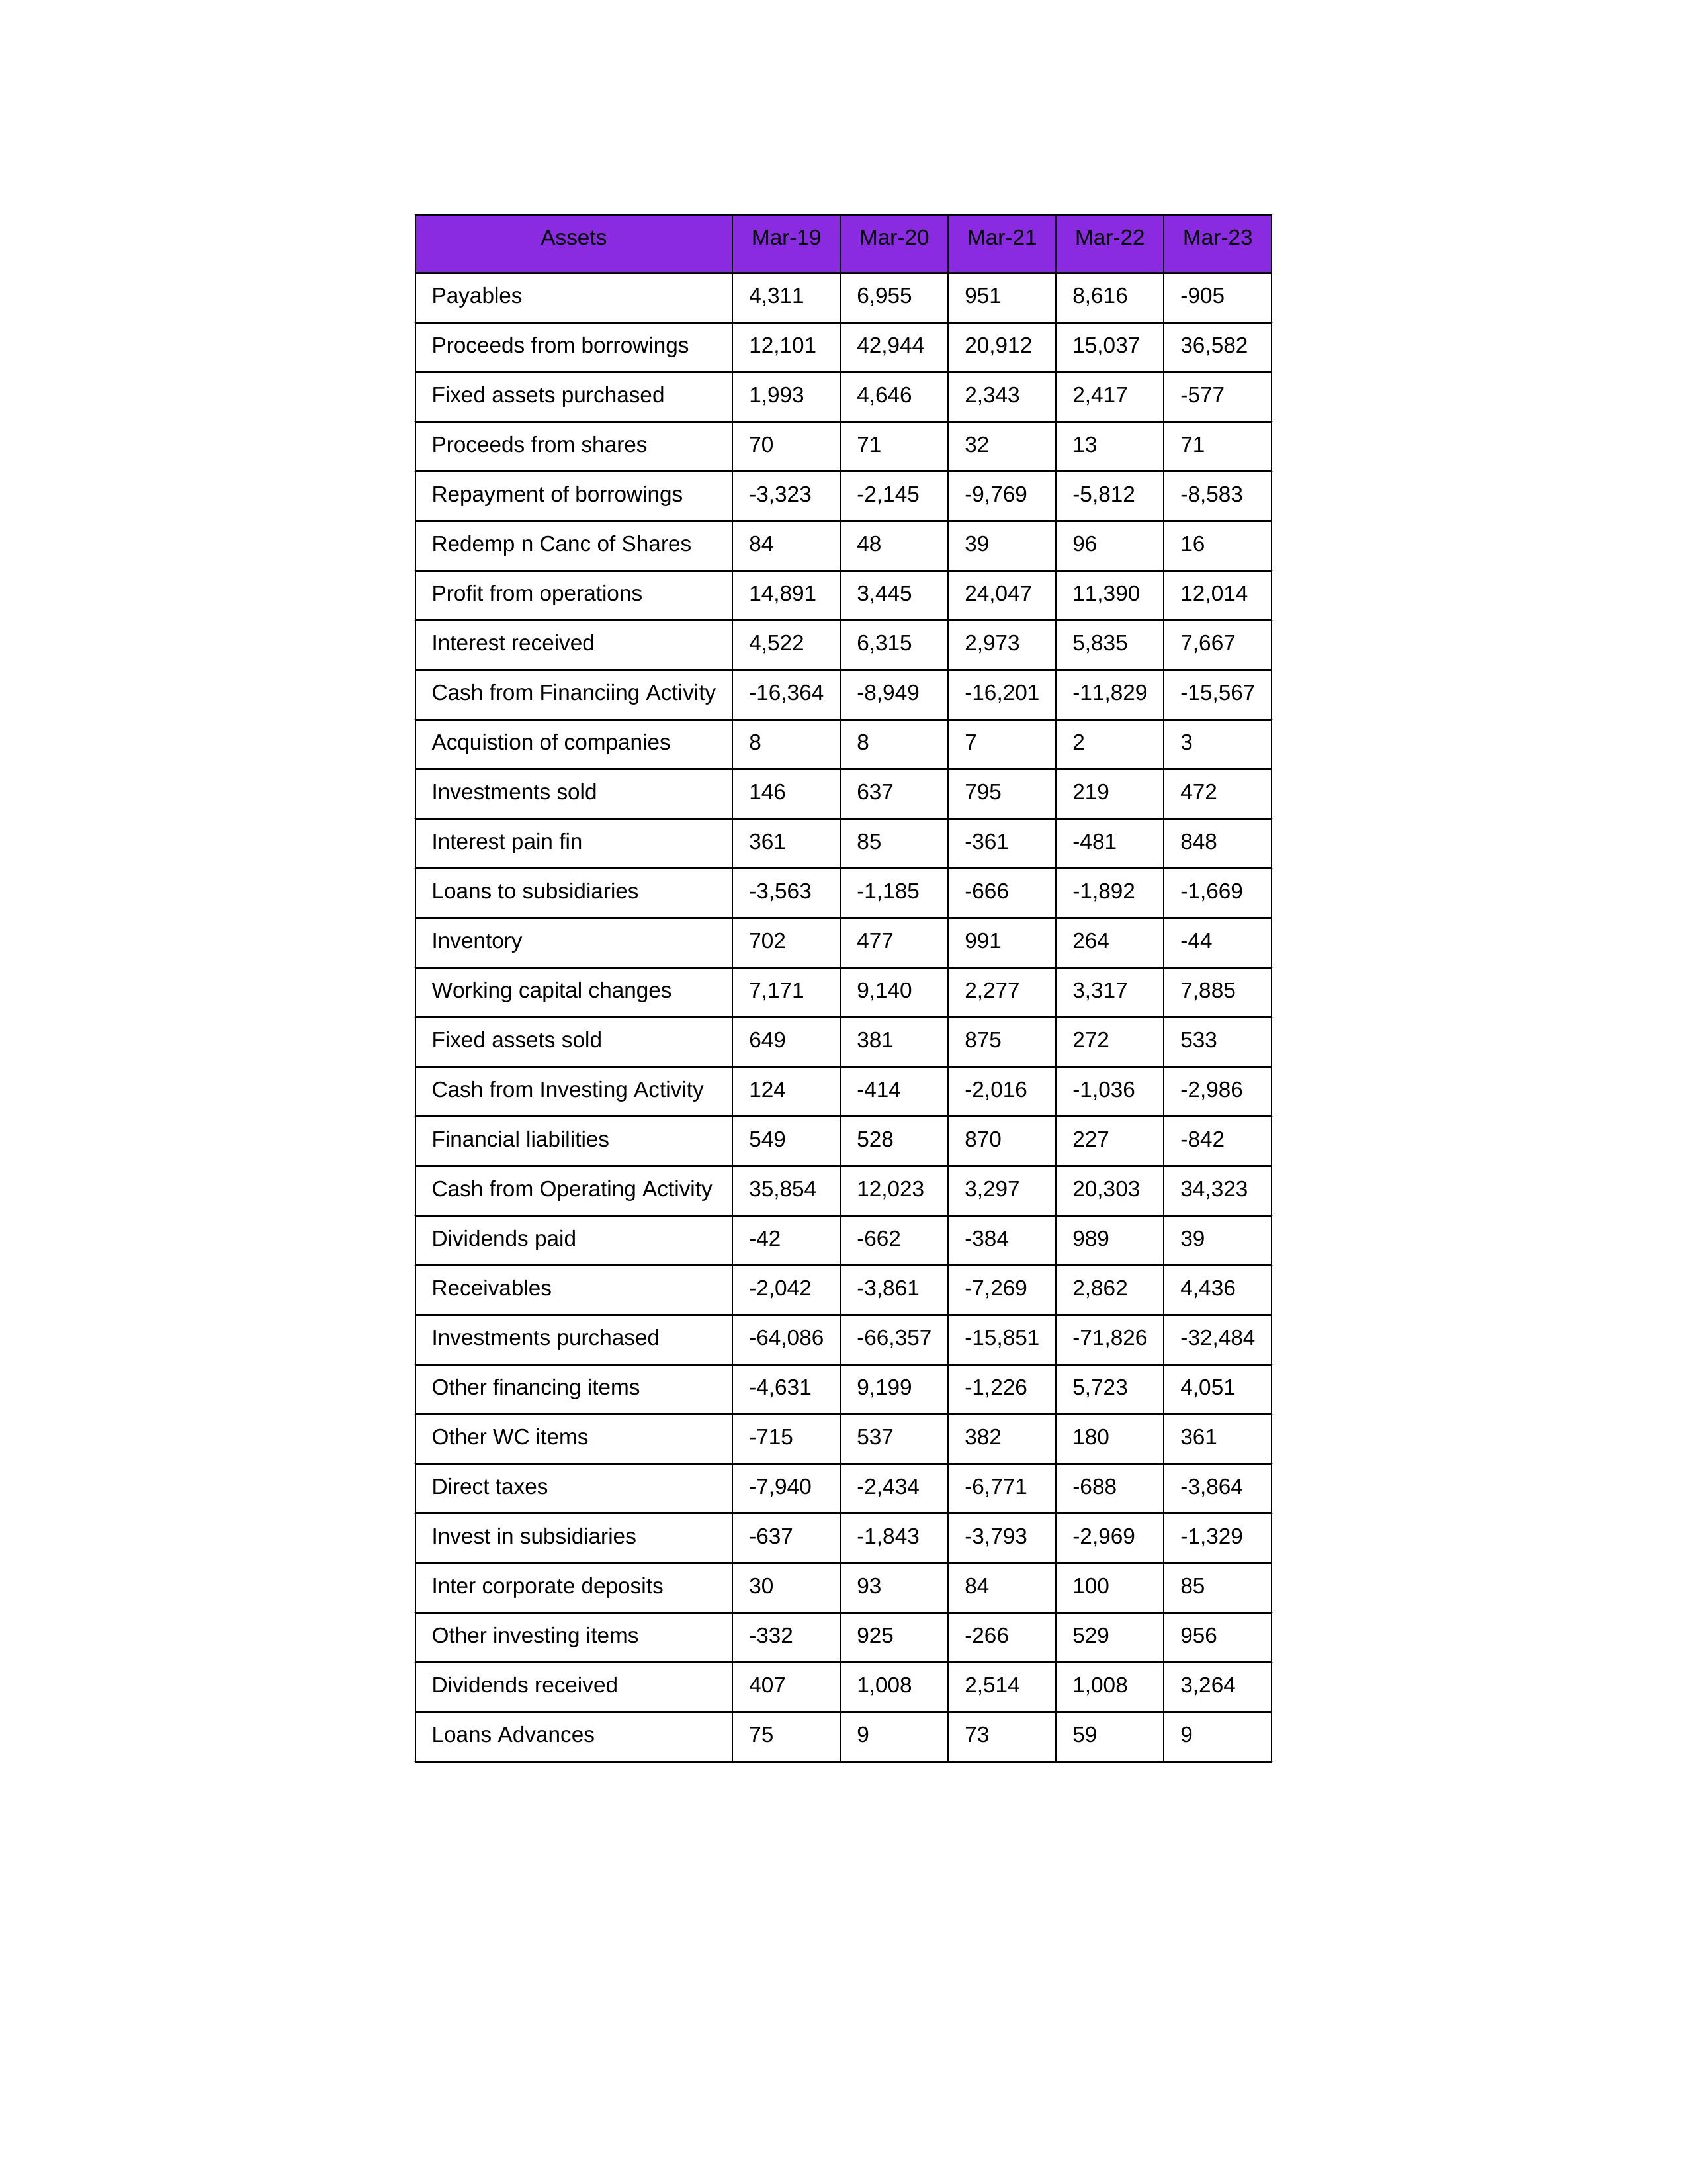
gt_parse: Mar-19: Cash from Operating Activity: 35,854
Profit from operations: 14,891
Receivables: -2,042
Inventory: 702
Payables: 4,311
Loans Advances: 75
Other WC items: -715
Working capital changes: 7,171
Direct taxes: -7,940
Cash from Investing Activity: 124
Fixed assets purchased: 1,993
Fixed assets sold: 649
Investments purchased: -64,086
Investments sold: 146
Interest received: 4,522
Dividends received: 407
Invest in subsidiaries: -637
Loans to subsidiaries: -3,563
Redemp n Canc of Shares: 84
Acquistion of companies: 8
Inter corporate deposits: 30
Other investing items: -332
Cash from Financiing Activity: -16,364
Proceeds from shares: 70
Proceeds from borrowings: 12,101
Repayment of borrowings: -3,323
Interest pain fin: 361
Dividends paid: -42
Financial liabilities: 549
Other financing items: -4,631
Mar-20: Cash from Operating Activity: 12,023
Profit from operations: 3,445
Receivables: -3,861
Inventory: 477
Payables: 6,955
Loans Advances: 9
Other WC items: 537
Working capital changes: 9,140
Direct taxes: -2,434
Cash from Investing Activity: -414
Fixed assets purchased: 4,646
Fixed assets sold: 381
Investments purchased: -66,357
Investments sold: 637
Interest received: 6,315
Dividends received: 1,008
Invest in subsidiaries: -1,843
Loans to subsidiaries: -1,185
Redemp n Canc of Shares: 48
Acquistion of companies: 8
Inter corporate deposits: 93
Other investing items: 925
Cash from Financiing Activity: -8,949
Proceeds from shares: 71
Proceeds from borrowings: 42,944
Repayment of borrowings: -2,145
Interest pain fin: 85
Dividends paid: -662
Financial liabilities: 528
Other financing items: 9,199
Mar-21: Cash from Operating Activity: 3,297
Profit from operations: 24,047
Receivables: -7,269
Inventory: 991
Payables: 951
Loans Advances: 73
Other WC items: 382
Working capital changes: 2,277
Direct taxes: -6,771
Cash from Investing Activity: -2,016
Fixed assets purchased: 2,343
Fixed assets sold: 875
Investments purchased: -15,851
Investments sold: 795
Interest received: 2,973
Dividends received: 2,514
Invest in subsidiaries: -3,793
Loans to subsidiaries: -666
Redemp n Canc of Shares: 39
Acquistion of companies: 7
Inter corporate deposits: 84
Other investing items: -266
Cash from Financiing Activity: -16,201
Proceeds from shares: 32
Proceeds from borrowings: 20,912
Repayment of borrowings: -9,769
Interest pain fin: -361
Dividends paid: -384
Financial liabilities: 870
Other financing items: -1,226
Mar-22: Cash from Operating Activity: 20,303
Profit from operations: 11,390
Receivables: 2,862
Inventory: 264
Payables: 8,616
Loans Advances: 59
Other WC items: 180
Working capital changes: 3,317
Direct taxes: -688
Cash from Investing Activity: -1,036
Fixed assets purchased: 2,417
Fixed assets sold: 272
Investments purchased: -71,826
Investments sold: 219
Interest received: 5,835
Dividends received: 1,008
Invest in subsidiaries: -2,969
Loans to subsidiaries: -1,892
Redemp n Canc of Shares: 96
Acquistion of companies: 2
Inter corporate deposits: 100
Other investing items: 529
Cash from Financiing Activity: -11,829
Proceeds from shares: 13
Proceeds from borrowings: 15,037
Repayment of borrowings: -5,812
Interest pain fin: -481
Dividends paid: 989
Financial liabilities: 227
Other financing items: 5,723
Mar-23: Cash from Operating Activity: 34,323
Profit from operations: 12,014
Receivables: 4,436
Inventory: -44
Payables: -905
Loans Advances: 9
Other WC items: 361
Working capital changes: 7,885
Direct taxes: -3,864
Cash from Investing Activity: -2,986
Fixed assets purchased: -577
Fixed assets sold: 533
Investments purchased: -32,484
Investments sold: 472
Interest received: 7,667
Dividends received: 3,264
Invest in subsidiaries: -1,329
Loans to subsidiaries: -1,669
Redemp n Canc of Shares: 16
Acquistion of companies: 3
Inter corporate deposits: 85
Other investing items: 956
Cash from Financiing Activity: -15,567
Proceeds from shares: 71
Proceeds from borrowings: 36,582
Repayment of borrowings: -8,583
Interest pain fin: 848
Dividends paid: 39
Financial liabilities: -842
Other financing items: 4,051